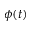
\phi ( t )